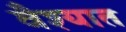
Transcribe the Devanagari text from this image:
वैश्यात